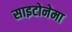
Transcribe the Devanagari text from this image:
साइटोनेमा